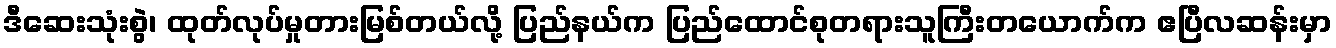
ဒီဆေးသုံးစွဲ၊ ထုတ်လုပ်မှုတားမြစ်တယ်လို့ ပြည်နယ်က ပြည်ထောင်စုတရားသူကြီးတယောက်က ဧပြီလဆန်းမှာ